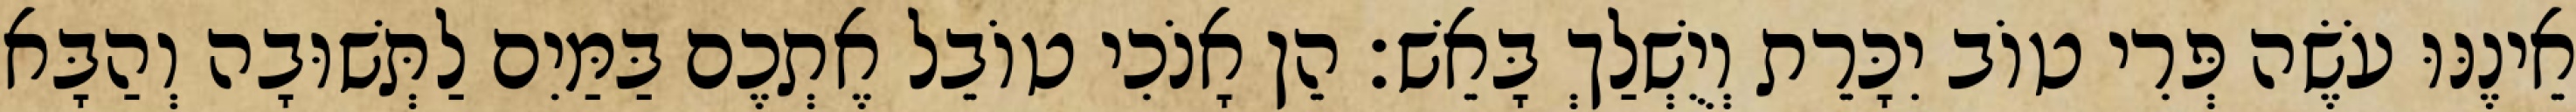
אֵינֶנּוּ עֹשֶׂה פְּרִי טוֹב יִכָּרֵת וְיֻשְׁלַךְ בָּאֵשׁ׃ הֵן אָנֹכִי טוֹבֵל אֶתְכֶם בַּמַּיִם לַתְּשׁוּבָה וְהַבָּא